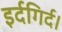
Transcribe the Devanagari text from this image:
इर्दगिर्द।